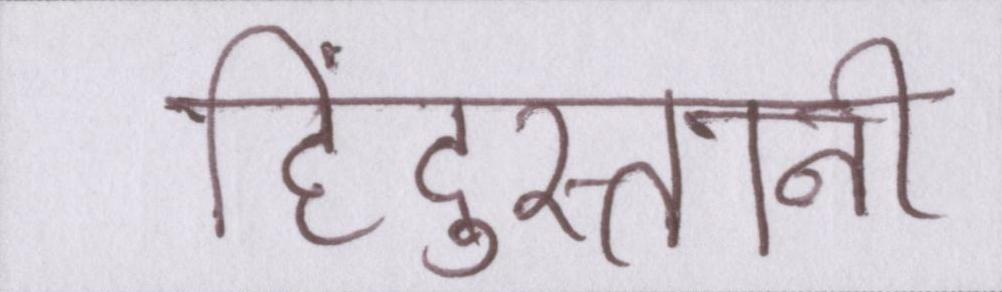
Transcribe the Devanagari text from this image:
हिंदुस्तानी